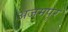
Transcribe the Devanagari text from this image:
अजमपूर